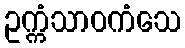
ဥက္ကံသာဝကံသေ